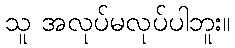
သူ အလုပ်မလုပ်ပါဘူး။